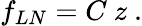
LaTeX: f_{LN}=C~z\ .